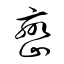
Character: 巒